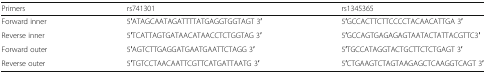
| Primers | rs741301 | rs1345365 |
 | --- | --- | --- |
 | Forward inner | 5′ATAGCAATAGATTTTATGAGGTGGTAGT 3′ | 5′GCCACTTCTTCCCCTACAACATTGA 3′ |
 | Reverse inner | 5′TCATTAGTGATAACATAACCTCTGGTAG 3′ | 5′GCCAGTGAGAGAGTAATACTATTACGTTC3′ |
 | Forward outer | 5′AGTCTTGAGGATGAATGAATTCTAGG 3′ | 5′TGCCATAGGTACTGCTTCTCTGAGT 3′ |
 | Reverse outer | 5′TGTCCTAACAATTCGTTCATGATTAATG 3′ | 5′CTGAAGTCTAGTAAGAGCTCAAGGTCAGT 3′ |